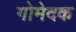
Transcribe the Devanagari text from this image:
गोमेदक